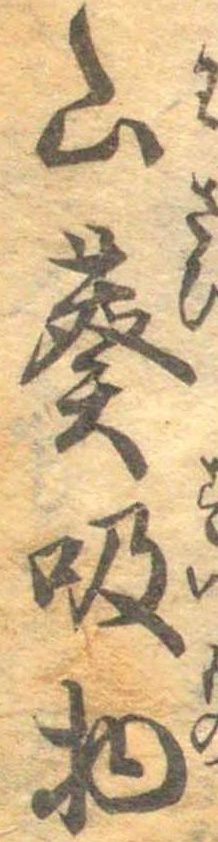
山葵吸物